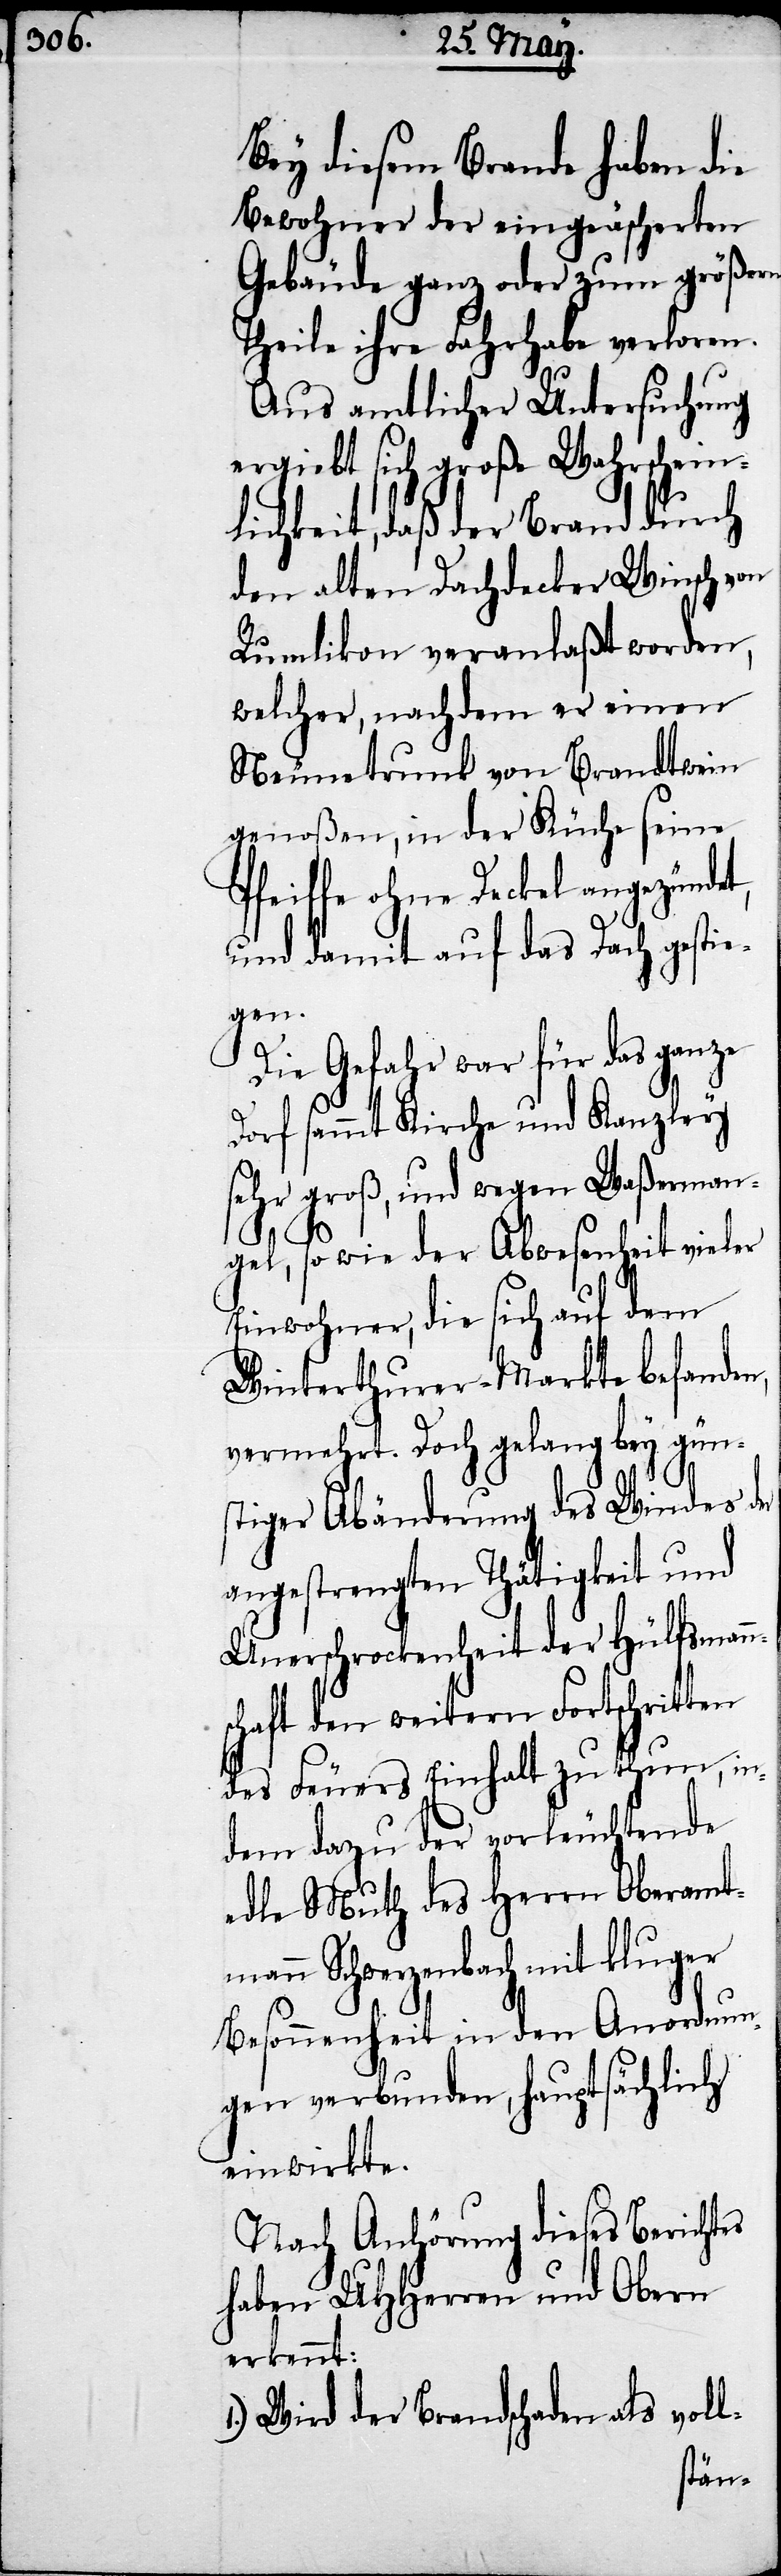
Bey diesem Brande haben die
Bewohner der eingeäscherten
Gebäude ganz oder zum größern
Theile ihre Fahrhabe verloren.
Aus amtlicher Untersuchung
ergiebt sich große Wahrschein¬
lichkeit, daß der Brand durch
den alten Dachdecker Winsch von
Rumlikon veranlaßt worden,
welcher, nachdem er einen
Neunetrunk von Brandtwein
genoßen, in der Küche seine
Pfeiffe ohne Deckel angezündet,
und damit auf das Dach gesti¬
güns¬
Die Gefahr war für das ganze
Dorf sammt Kirche und Kanzley
sehr groß, und wegen Waßerma¬
ngel, so wie der Abwesenheit vi¬
Einwohner, die sich auf dem
Winterthurer-Markte befanden,
vermehrt. Doch gelang bey
tiger Abänderung des Windes
angestrengten Thätigkeit und
Unerschrockenheit der Hülfsm¬
chaft den weitern Fortschritten
des Feuers Einhalt zu thun,
dem dazu der vorleuchtende
edle Muth des Herrn Oberamt¬
mann Schwerzenbach mit kluger
Besonnenheit in den Anordnun¬
gen verbunden, hauptsächlich
einwirkte.
Nach Anhörung dieses Berichtes
haben UHHerren und Obern
erkennt:
1.) Wird der Brandschaden als voll-

in¬